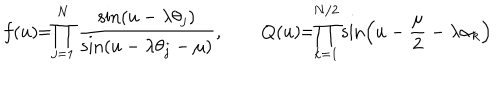
LaTeX: f ( u ) \! \! = \! \! \prod _ { j = 1 } ^ { N } \frac { \sin ( u - \lambda \theta _ { j } ) } { \sin ( u - \lambda \theta _ { j } - \mu ) } , \qquad Q ( u ) \! \! = \! \! \prod _ { k = 1 } ^ { N / 2 } \sin \left( u - \frac { \mu } { 2 } - \lambda \alpha _ { k } \right)